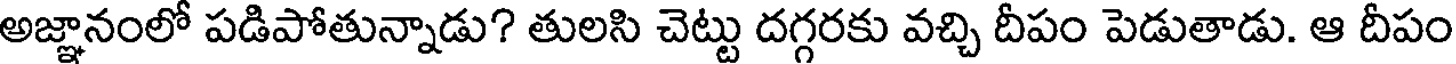
అజ్ఞానంలో పడిపోతున్నాడు? తులసి చెట్టు దగ్గరకు వచ్చి దీపం పెడుతాడు. ఆ దీపం